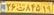
۲۶ت۸۴۵۱۹